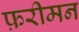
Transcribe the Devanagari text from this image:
फ़रीमन